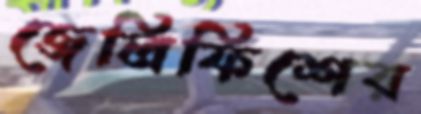
জেলিফিশের